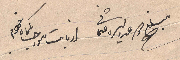
مبلغ مية ليرة .....